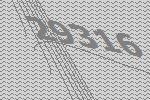
29316